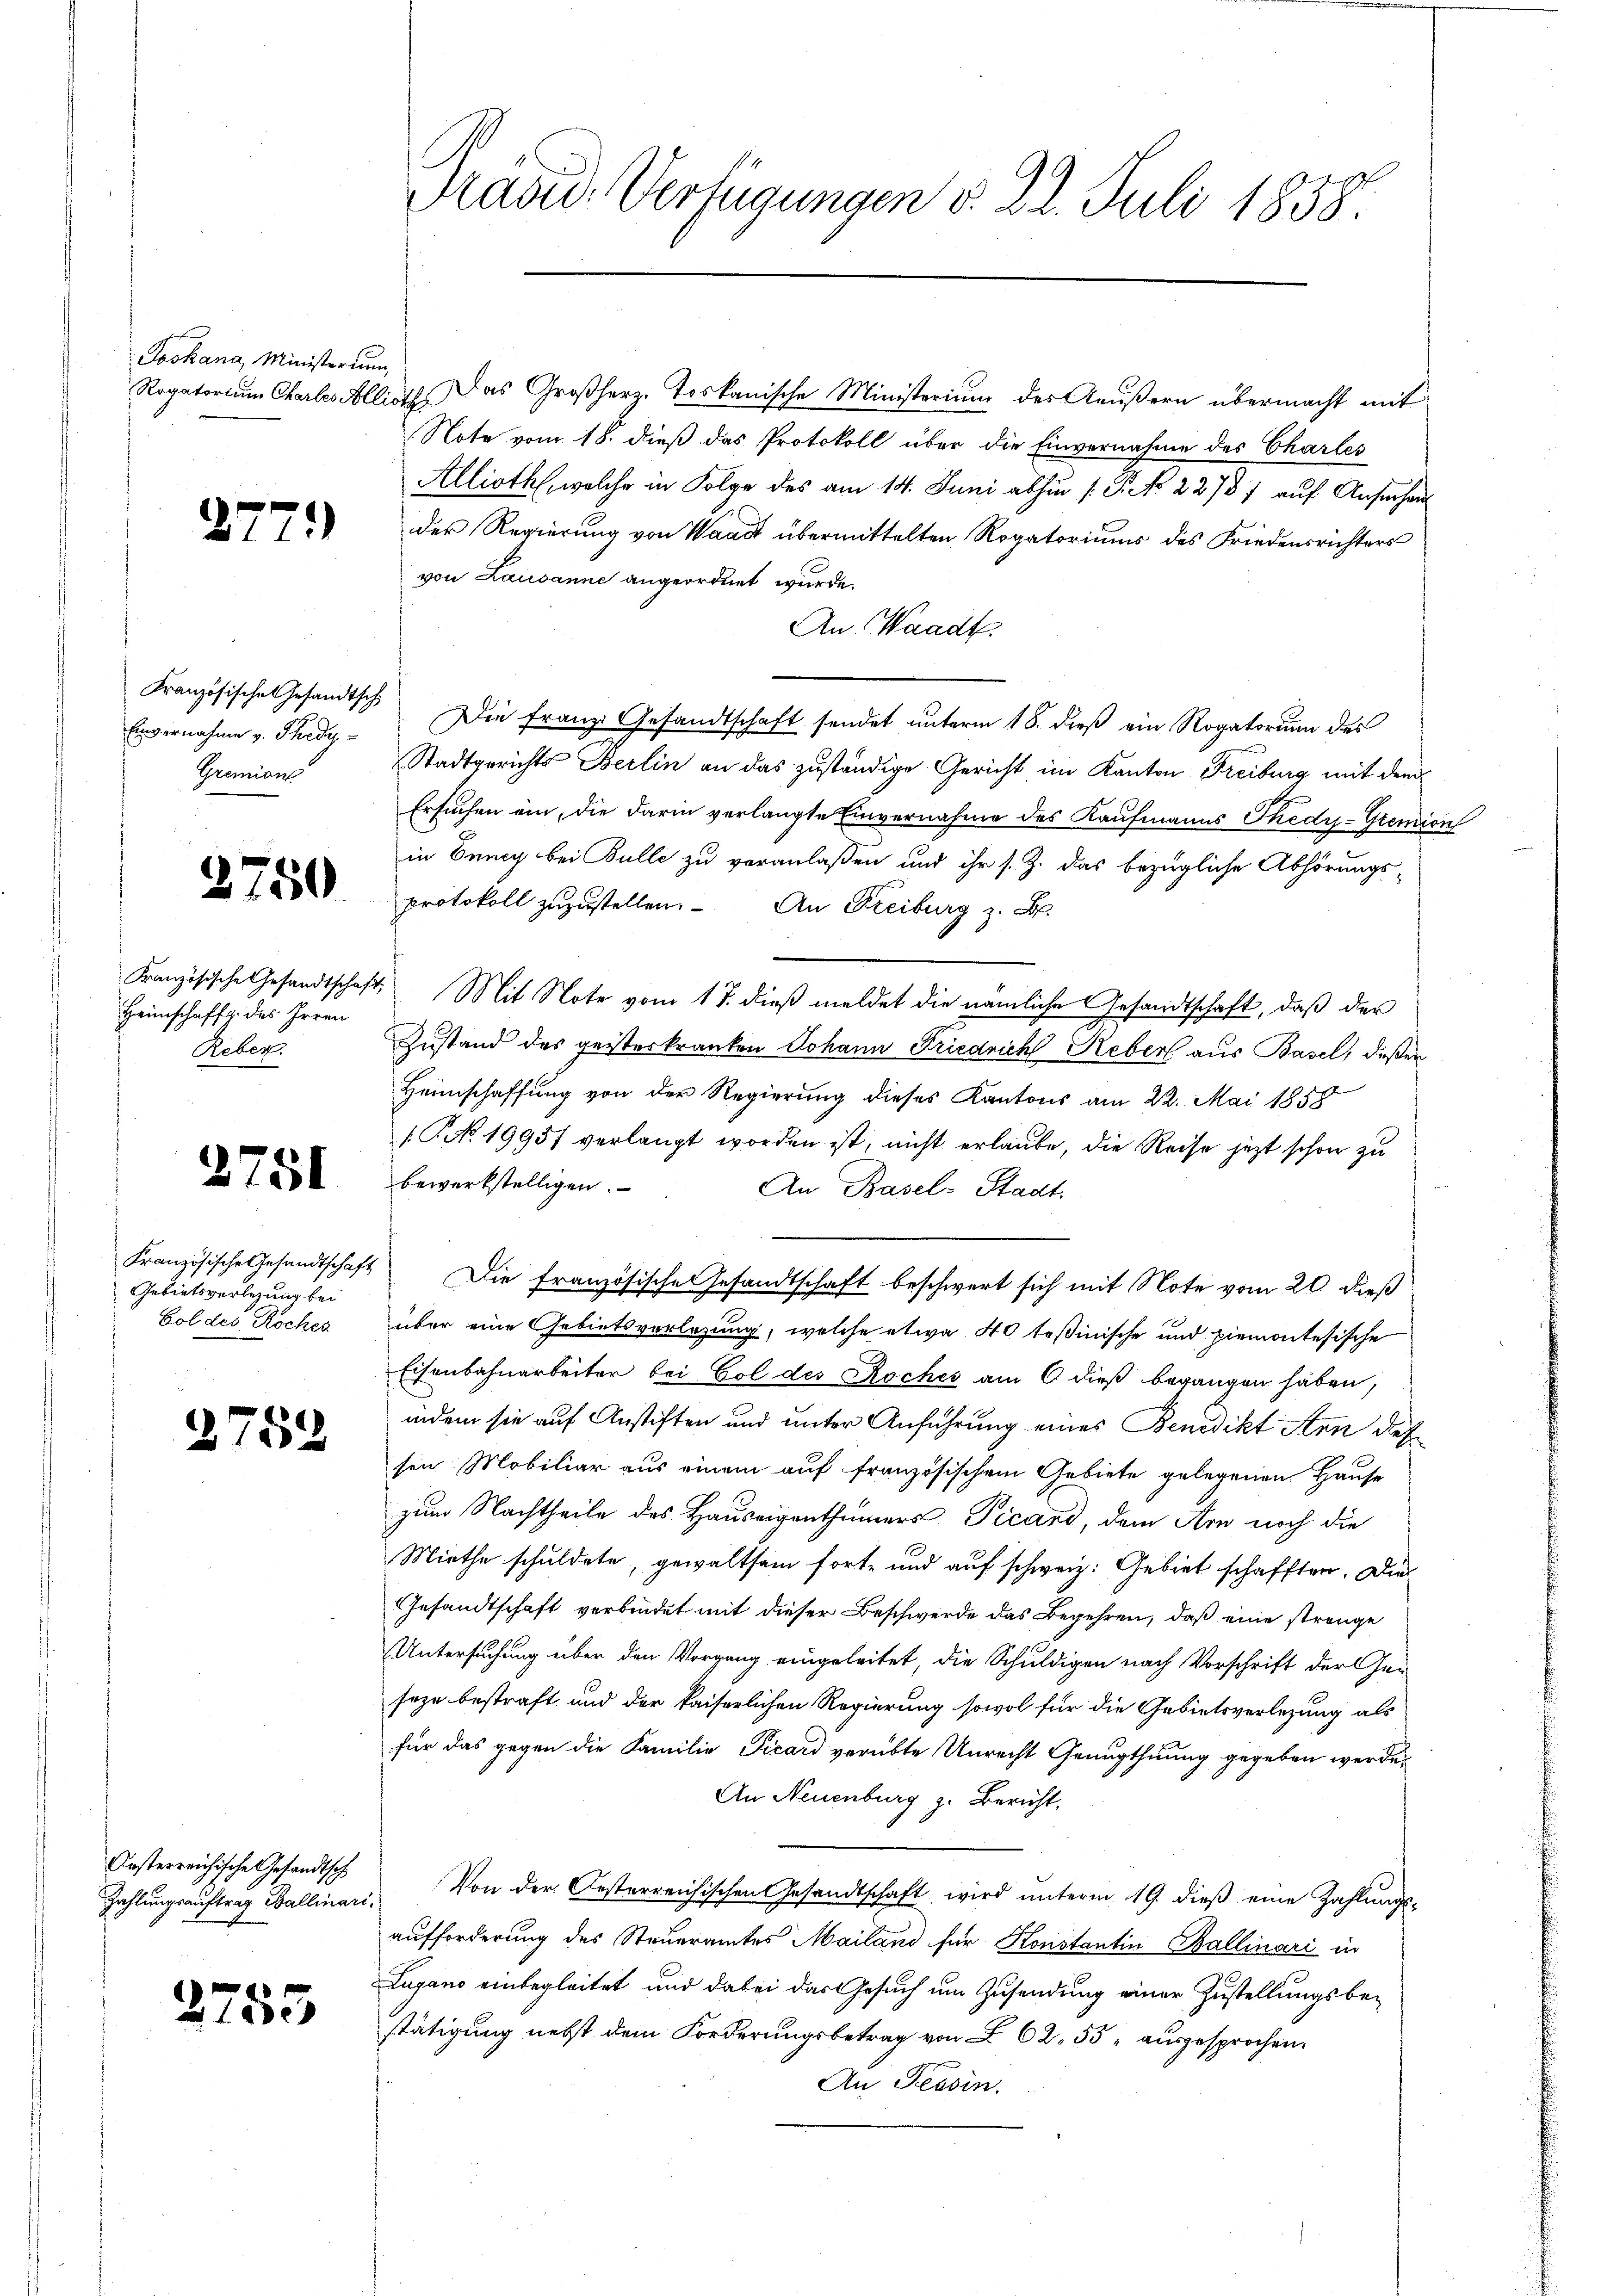
Joskana, Ministerium,

277.

Französische Gesandtsch

3750

Heimschaffg. des Irren
Reben.

2751

Französische Gesandtschaft
Gebietsverlegung bei
Col des Roches

2752

Orsterreichische Gesandtsch

2755

Präsid. Verfügungen d. 22. Juli 1858.

Rogatorium Chartes Allist. Das Großherz. toskanische Ministerium des Aeußern übermacht mit
Note vom 18. dieß das Protokoll über die Einvernahme des Charles
Allioth, welche in Folge des am 14. Juni abhin /: P. Nr. 22787 auf Ansehen
der Regierung von Waadt übermittelten Rogatoriums des Friedensrichters
von Lausanne angeordnet wurde.
An Waadt
Einvernahme v. Thedy. Die Franz Gesandtschaft sendet unterm 18. dieß ein Rogatorum des
Gremion Stadtgerichts Berlin an das zuständige Gericht im Kanton Freiburg mit dem
Ersuchen ein, die darin verlangte Einvernahme des Kaufmanns Thedy-Gremien
in Benig bei Bulle zu veranlaßen und ihr s. Z. das bezügliche Abhörungs-
protokoll zuzustellen. An Freiburg z. B.
Französische Gesandtschaft. Mit Note vom 17. dieß meldet die nämliche Gesandtschaft, daß der
Zustand des geisteskranken Johann Friedrich Reber aus Basel, deßen
Heimschaffung von der Regierung dieses Kantons am 22. Mai 1858
P No. 19957 verlangt worden ist, nicht erlaube, die Reise jetzt schon zu
bewerkstelligen.
An Basel-Stadt.
Die französischen Gesandtschaft beschwert sich mit Note vom 20. dieß
über eine Gebietsverlegung, welche etwa 40 teßinische und piemontesische
Eisenbahnarbeiter bei Gol des Roches am 6 dieß begangen haben,
indem sie auf Anstiften und unter Anführung eines Benedikt Arn des
sen Mobiliar aus einem auf französischem Gebiete gelegenen Hause
zum Nachtheile des Hauseigenthümers Picard, dem Arn noch die
Miethe schuldete, gewaltsam forte und auf schweiz. Gebiet schafften. Die
Gesandtschaft verbindet mit dieser Beschwerde das Begehren, daß eine strenge
Untersuchung über den Vorgang eingeleitet, die Schuldigen nach Vorschrift der Gen
seze bestraft und der kaiserlichen Regierung sowol für die Gebietsverlegung als
für das gegen die Familie Picard verübte Unrecht Genugthuung gegeben werde
An Neuenburg z. Bericht.
Zahlŭngsaŭftrag Ballinen. Von der Oesterreichischen Gesandtschaft wird ŭnterm 19. dieβ eine Zahlŭngs-
aufforderung des Steueramtes Mailand für Konstantin Ballinari in
Lugano einbegleitet und dabei das Gesuch um Zusendung einer Zustellungsbestätigung nebst dem Forderungsbetrag von § 62, 55 ausgesprochen.
An Tessin.